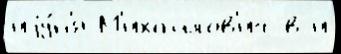
иjу́н'я М'ихайлов'ич в и